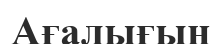
Ағалығын